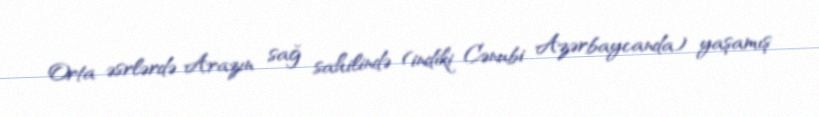
Orta əsrlərdə Arazın sağ sahilində (indiki Cənubi Azərbaycanda) yaşamış